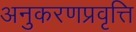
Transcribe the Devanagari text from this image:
अनुकरणप्रवृत्ति